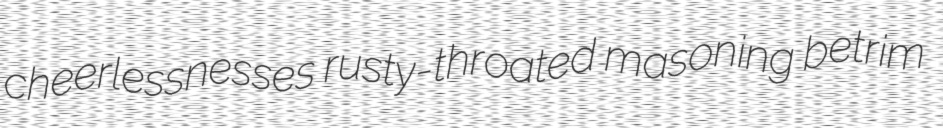
cheerlessnesses rusty-throated masoning betrim